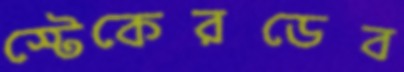
স্টেকেরডেব